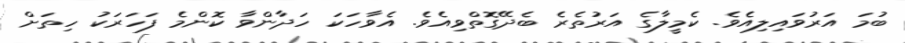
ބުމަ އަރުވައިލިއެވެ. ކެމީލާގެ އަރުތެރެ ބެދޭގޮތްވިއެވެ. އެވާހަކަ ހަދާންވާ ކޮންމެ ފަހަރަކު ހިތަށް